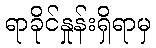
ရာခိုင်နှုန်းရှိရာမှ